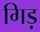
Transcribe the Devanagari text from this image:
गिड़